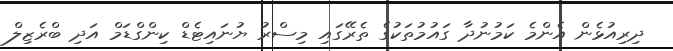
ދިރިއުޅެން އެންމެ ކަމުނުދާ ގައުމުތަކުގެ ތެރޭގައި މިސްރު ޔުނައިޓެޑް ކިންގްޑަމް އަދި ބްރެޒިލް